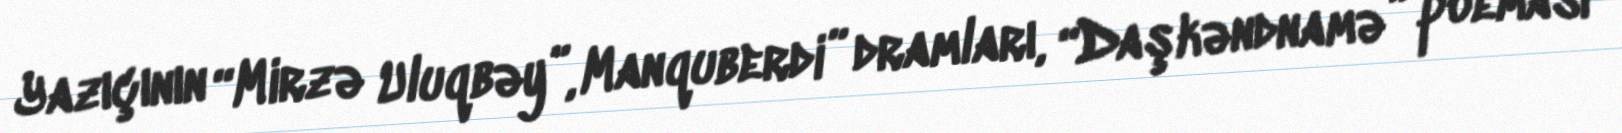
Yazıçının “Mirzə Uluqbəy”, Manquberdi” dramları, “Daşkəndnamə” poeması